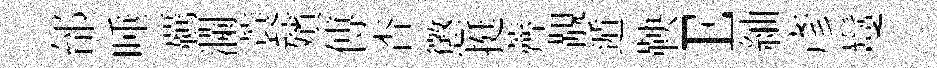
邰唾覊瀾蓑殯傅杳懲挺薺覯遁鞅E紬彥鬘